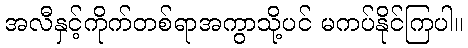
အလီနှင့်ကိုက်တစ်ရာအကွာသို့ပင် မကပ်နိုင်ကြပါ။